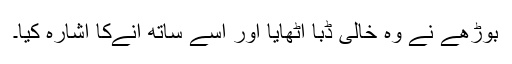
بوڑھے نے وہ خالی ڈبّا اُٹھایا اور اُسے ساتھ آنےکا اشارہ کیا۔